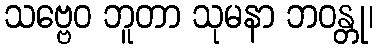
သဗ္ဗေဝ ဘူတာ သုမနာ ဘဝန္တု၊